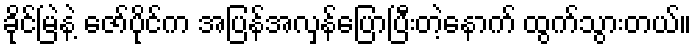
ခိုင်မြဲနဲ့ ဇော်ပိုင်က အပြန်အလှန်ပြောပြီးတဲ့နောက် ထွက်သွားတယ်။